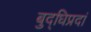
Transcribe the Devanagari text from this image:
बुद्धिप्रदां